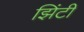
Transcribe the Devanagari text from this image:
झिंटी